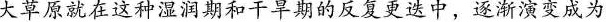
大草原就在这种湿润期和干旱期的反复更迭中，逐渐演变成为